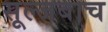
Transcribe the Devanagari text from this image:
सूल्जबाच